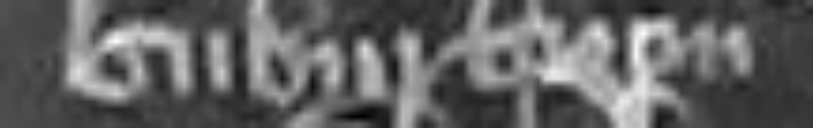
suburbium